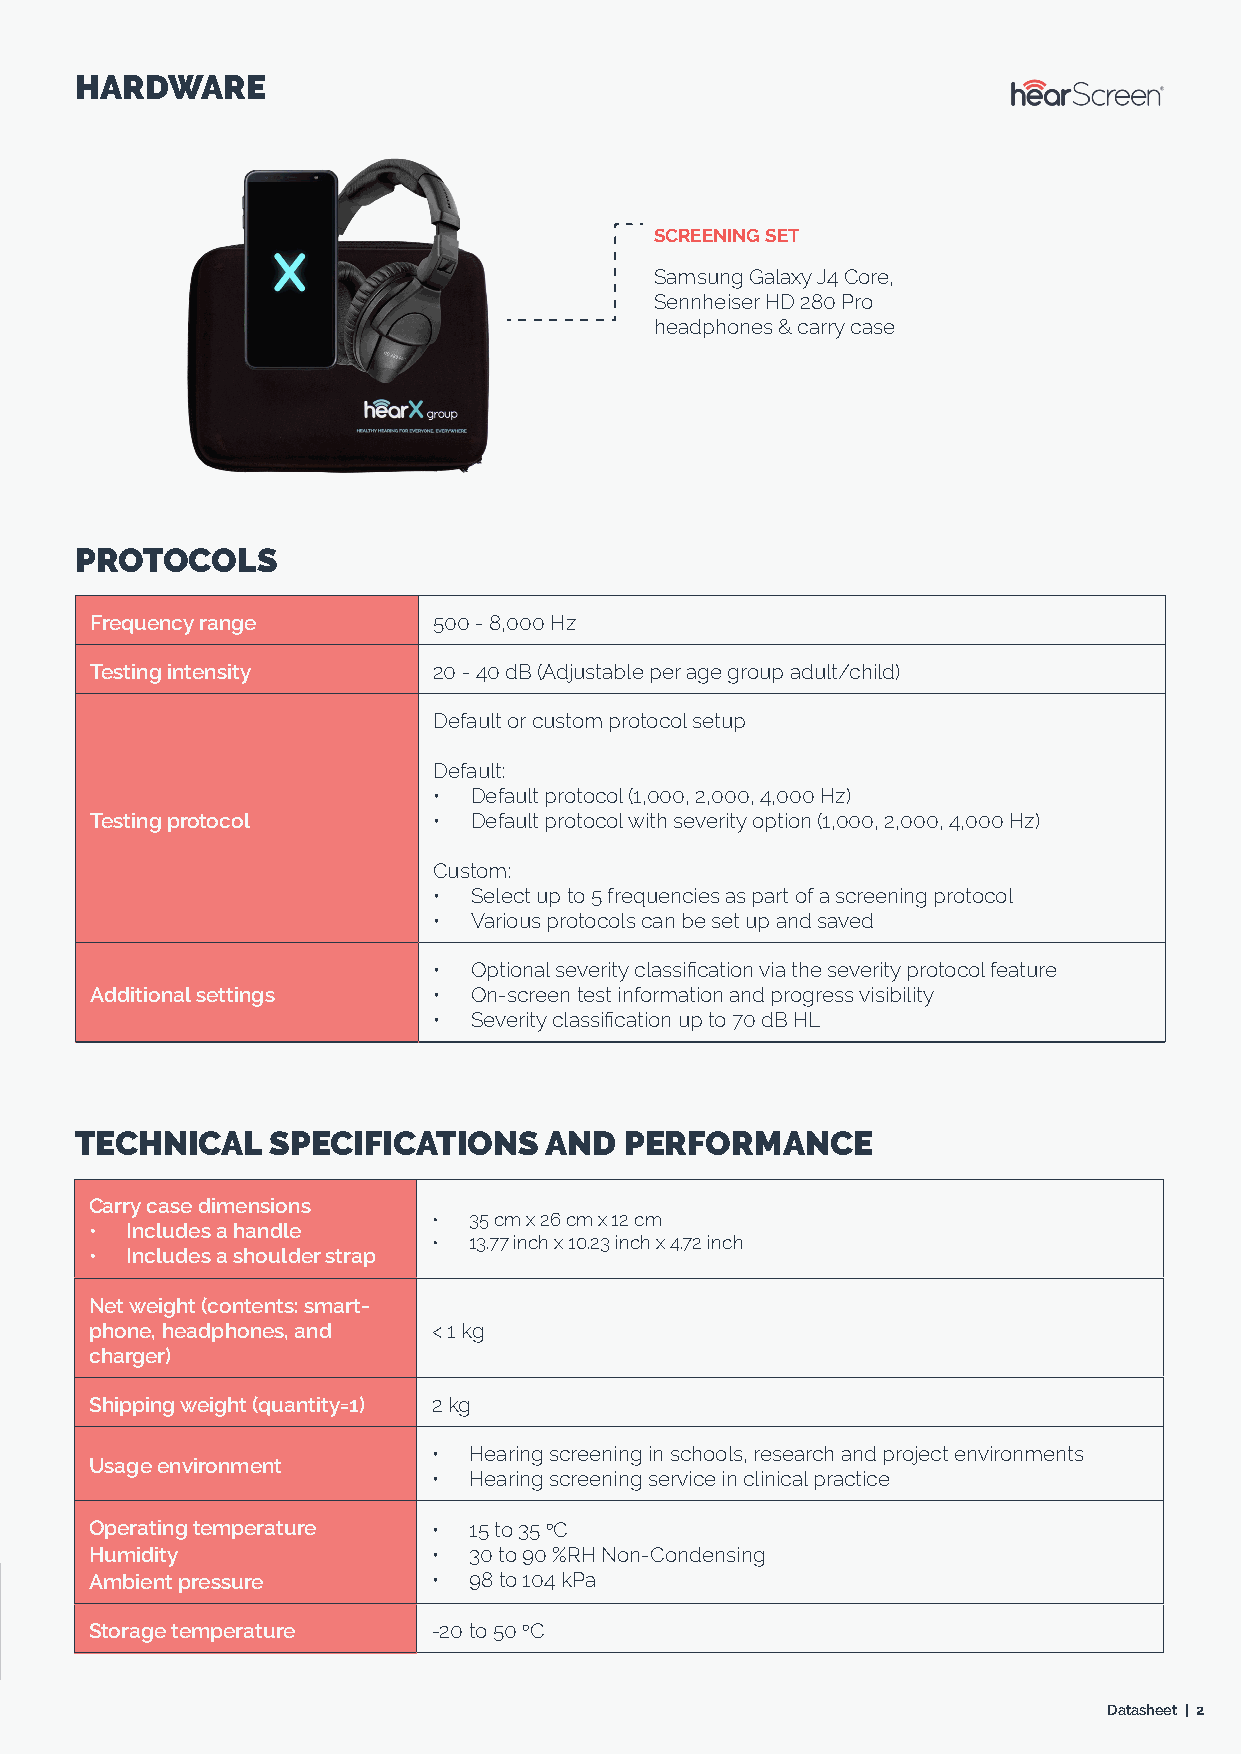
HARDWARE
 SCREENING SET
 Samsung Galaxy J4 Core,
 Sennheiser HD 280 Pro
 headphones & carry case
 PROTOCOLS
 Frequency range        500 - 8,000 Hz
 Testing intensity      20 - 40 dB (Adjustable per age group adult/child)
 Default or custom protocol setup
 Default:
 • Default protocol (1,000, 2,000, 4,000 Hz)
 Testing protocol       • Default protocol with severity option (1,000, 2,000, 4,000 Hz)
 Custom:
 • Select up to 5 frequencies as part of a screening protocol
 • Various protocols can be set up and saved
 • Optional severity classification via the severity protocol feature
 Additional settings    • On-screen test information and progress visibility
 • Severity classification up to 70 dB HL
 TECHNICAL    SPECIFICATIONS    AND  PERFORMANCE
 Carry case dimensions
 • 35 cm x 26 cm x 12 cm
 • Includes a handle
 • 13.77 inch x 10.23 inch x 4.72 inch
 • Includes a shoulder strap
 Net weight (contents: smart-
 phone, headphones, and < 1 kg
 charger)
 Shipping weight (quantity=1) 2 kg
 • Hearing screening in schools, research and project environments
 Usage environment
 • Hearing screening service in clinical practice
 Operating temperature  • 15 to 35 oC
 Humidity               • 30 to 90 %RH Non-Condensing
 Ambient pressure       • 98 to 104 kPa
 Storage temperature    -20 to 50 oC
 Datasheet | 2